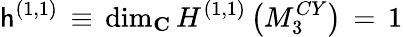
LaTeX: \mathsf{h}^{(1,1)}\, \equiv\, \mathrm{{dim}}_{\mathbf{C}}\, H^{(1,1)}\left(M_{3}^{CY}\right)\, =\, 1